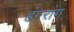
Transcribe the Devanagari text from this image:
हंगरांग